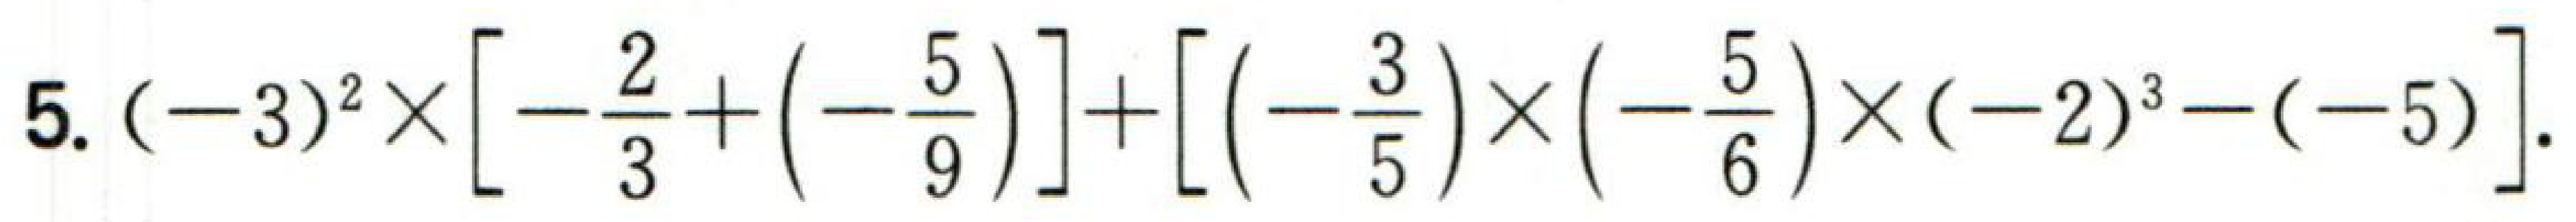
\(5.(-3)^{2}\times\left[-\frac{2}{3}+\left(-\frac{5}{9}\right)\right]+\left[\left(-\frac{3}{5}\right)\times\left(-\frac{5}{6}\right)\times(-2)^{3}-(-5)\right].\)